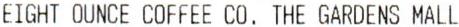
EIGHT OUNCE COFFEE CO. THE GARDENS MALL